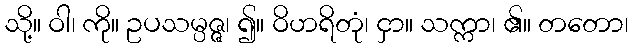
သို့။ ဝါ၊ ကို။ ဥပသမ္ပဇ္ဇ၊ ၍။ ဝိဟရိတုံ၊ ငှာ။ သက္ကာ၊ ၏။ တတော၊